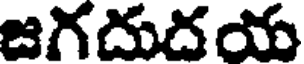
జగదుదయ